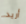
أريد